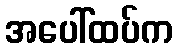
အပေါ်ထပ်က